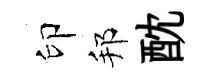
印邦酖